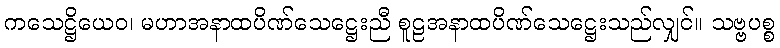
ကသေဋ္ဌိယေဝ၊ မဟာအနာထပိဏ်သေဋ္ဌေးညီ စူဠအနာထပိဏ်သေဋ္ဌေးသည်လျှင်။ သဗ္ဗပစ္စ